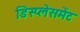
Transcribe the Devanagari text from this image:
डिस्प्लेसमेंट